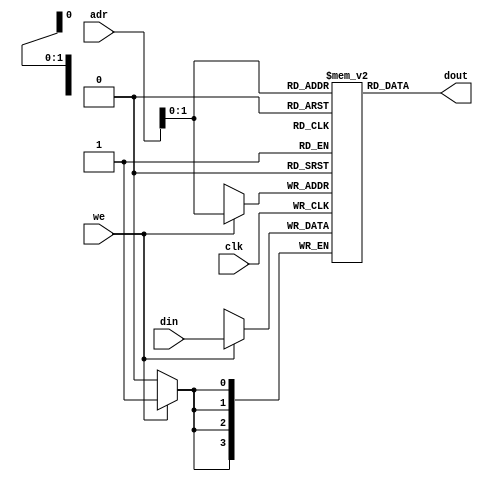
module ram_memory # (parameter N=4, M=4) /*Parameter permite la parametrizacin del modulo, donde se asigna el nombre y su respectivo valor, que en nuestro caso es N =4.*/
(input clk,
input we,                /*especificaamos el nombre de las entradas y salidas respectivamente con las cuales se van a trabajar.*/
input [N-1:0] adr,
input [M-1:0] din,
output  [N-1:0]dout);
reg [M-1:0] mem [N-1:0];   /*reg se usa para modelar las memorias, donde se accede mediante un determinado bit, con esta variable se declara el tamao de cada memoria*/

always @ (posedge clk)    /* Always se ejecuta continuamente a modo de bucle, y  est continuamente ejecutndose. Que se activa cuando detecta un flanco de subida (posedge)*/
if (we) mem [adr] <= din;
assign dout = mem[adr];
endmodule